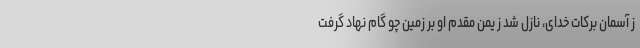
ز آسمان برکات خداى، نازل شد ز یمن مقدم او بر زمین چو گام نهاد گرفت